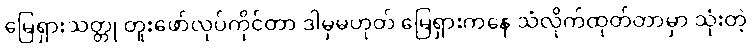
မြေရှားသတ္တု တူးဖော်လုပ်ကိုင်တာ ဒါမှမဟုတ် မြေရှားကနေ သံလိုက်ထုတ်တာမှာ သုံးတဲ့